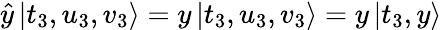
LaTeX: \begin{array}{r}{\hat{y}\left|t_{3},u_{3},v_{3}\right\rangle=y\left|t_{3},u_{3},v_{3}\right\rangle=y\left|t_{3},y\right\rangle}\end{array}